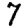
Digit: 7